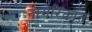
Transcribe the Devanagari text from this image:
नागरिकात